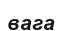
вага